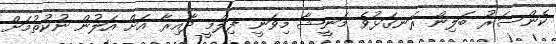
ކެންސަރު ބަލިން ރަނގަޅުވެ މަނީޝާ މިވަނީ ފިލްމީ ދާއިރާ އަށް އަލުން ނުކުތުމަށް